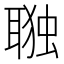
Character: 𮋷